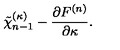
\tilde { \chi } _ { n - 1 } ^ { ( \kappa ) } - { \frac { \partial F ^ { ( n ) } } { \partial \kappa } } .